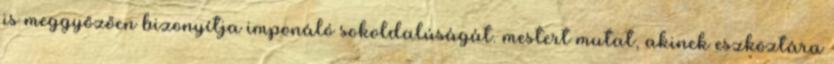
is meggyőzően bizonyítja imponáló sokoldalúságát. mestert mutat, akinek eszköztára